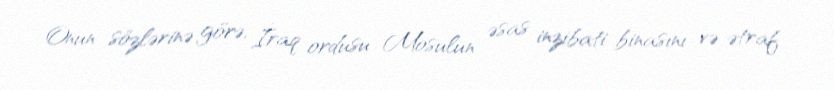
Onun sözlərinə görə, İraq ordusu Mosulun əsas inzibati binasını və ətraf